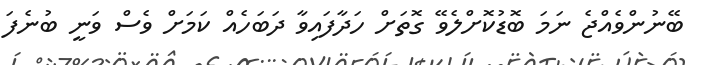
ބޭނުންވެއްޖެ ނަމަ ބޮޑުކޮށްލެވޭ ގޮތަށް ހަދާފައިވާ ދަބަހެއް ކަމަށް ވެސް ވަނީ ބުނެފަ